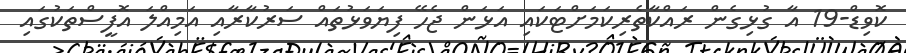
ކޮވިޑް-19 އާ ގުޅިގެން ރައްކާތެރިކަމަށްޓަކައި އަޅަން ޖެހޭ ފިޔަވަޅުތައް ސަރުކާރާއި އަމިއްލަ އޮފީސްތަކުގައި